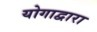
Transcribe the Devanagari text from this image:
योगाद्वारा